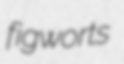
figworts